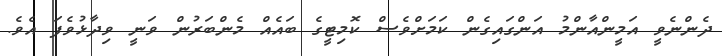
ދެންނެވީ އަމީންއާންމު އަންގައިގެން ކަމަށްވެސް ކޮމިޓީގެ ބައެއް މެންބަރުން ވަނީ ވިދާޅުވެފަ އެވެ.